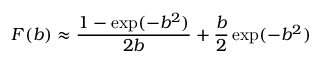
F ( b ) \approx \frac { 1 - \exp ( - b ^ { 2 } ) } { 2 b } + \frac { b } { 2 } \exp ( - b ^ { 2 } )